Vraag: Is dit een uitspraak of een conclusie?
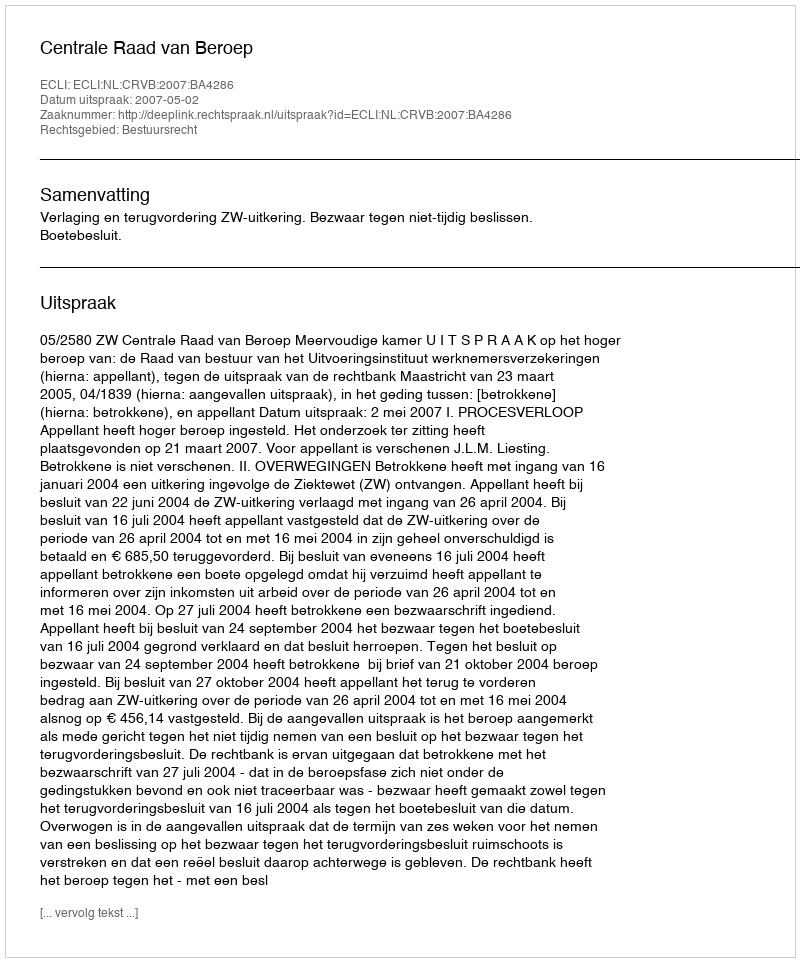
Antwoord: Uitspraak